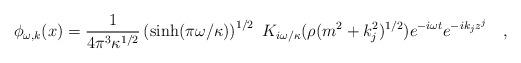
LaTeX: \begin{align*}\phi_{\omega,k}(x)={1 \over 4\pi ^3 \kappa^{1/2}}\left(\sinh (\pi \omega/\kappa)\right)^{1/2}~K_{i\omega/\kappa}(\rho(m^2+k_j^2)^{1/2})e^{-i\omega t}e^{-ik_jz^j}~~~,\end{align*}